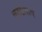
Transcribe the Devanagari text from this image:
काडंलाव